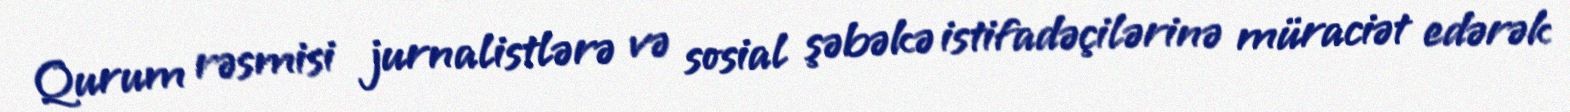
Qurum rəsmisi jurnalistlərə və sosial şəbəkə istifadəçilərinə müraciət edərək